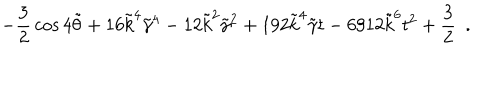
LaTeX: - { \frac { 3 } { 2 } } \cos { 4 \tilde { \theta } } + 1 6 \tilde { k } ^ { 4 } \tilde { \gamma } ^ { 4 } - 1 2 \tilde { k } ^ { 2 } \tilde { \gamma } ^ { 2 } + 1 9 2 \tilde { k } ^ { 4 } \tilde { \gamma } t - 6 9 1 2 \tilde { k } ^ { 6 } t ^ { 2 } + { \frac { 3 } { 2 } } ~ ~ .